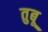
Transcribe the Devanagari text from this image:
तुबू